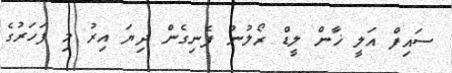
ސައިފް އަލީ ޚާން ލީޑް ރޯލުން ފެނިގެން ދިޔަ އިރު މި ފަހަރުގެ